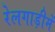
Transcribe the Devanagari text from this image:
रेलगाड़ीमें